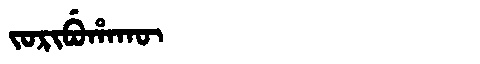
Manchu: ᠵᠣᡵᡳᠪᡠᡥᠠᡴᡡ
Romanization: JORIBUHAKŪ